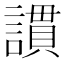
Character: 謴